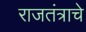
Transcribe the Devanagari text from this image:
राजतंत्राचे